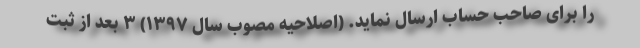
را برای صاحب حساب ارسال نماید. (اصلاحیه مصوب سال ۱۳۹۷) ۳ بعد از ثبت